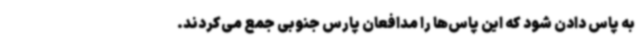
به پاس دادن شود که این پاس‌ها را مدافعان پارس جنوبی جمع می‌کردند.